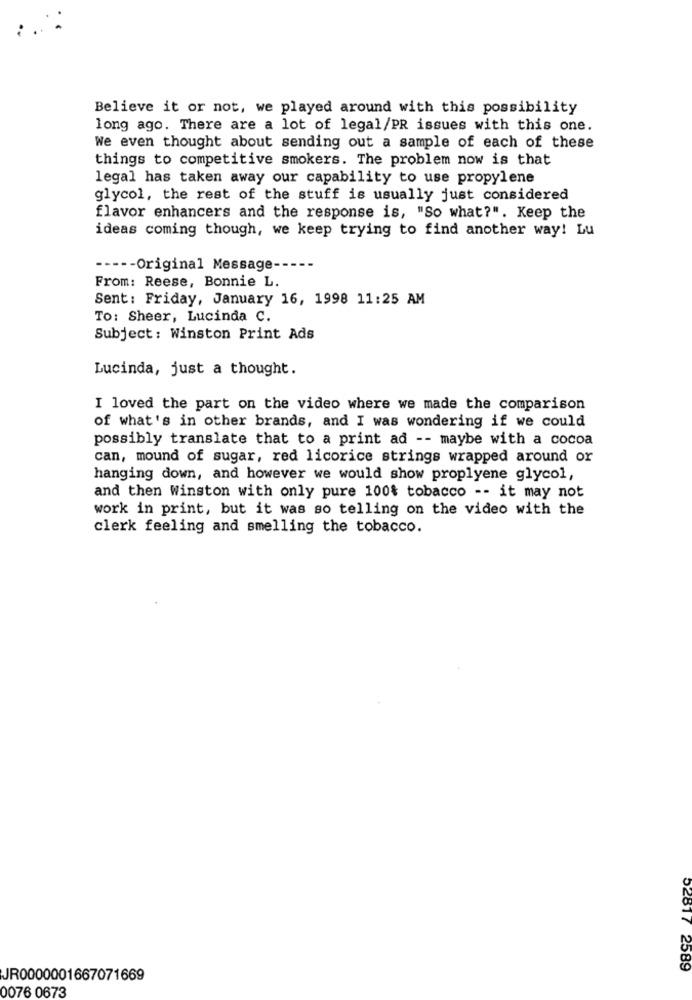
Believe it or not, we played around with this possibility
long ago. There are a lot of legal/PR issues with this one.
We even thought about sending out a sample of each of these
things to competitive smokers. The problem now is that
legal has taken away our capability to use propylene
glycol, the rest of the stuff is usually just considered
flavor enhancers and the response is, "So what?". Keep the
ideas coming though, we keep trying to find another way! Lu
----- Original Message --
From: Reese, Bonnie L.
Sent: Friday, January 16, 1998 11:25 AM
To: Sheer, Lucinda C.
Subject: Winston Print Ads
Lucinda, just a thought.
I loved the part on the video where we made the comparison
of what's in other brands, and I was wondering if we could
possibly translate that to a print ad -- maybe with a cocoa
can, mound of sugar, red licorice strings wrapped around or
hanging down, and however we would show proplyene glycol,
and then Winston with only pure 100% tobacco -- it may not
work in print, but it was so telling on the video with the
clerk feeling and smelling the tobacco.
52817 2589
JR0000001667071669
0076 0673